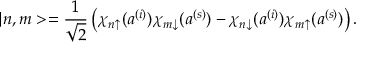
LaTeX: | n , m > = \frac { 1 } { \sqrt { 2 } } \left( \chi _ { n \uparrow } ( a ^ { ( i ) } ) \chi _ { m \downarrow } ( a ^ { ( s ) } ) - \chi _ { n \downarrow } ( a ^ { ( i ) } ) \chi _ { m \uparrow } ( a ^ { ( s ) } ) \right) .